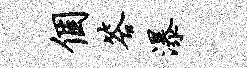
个答瀑